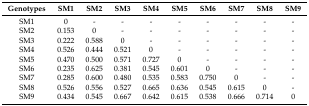
| Genotypes | SM1 | SM2 | SM3 | SM4 | SM5 | SM6 | SM7 | SM8 | SM9 |
 | --- | --- | --- | --- | --- | --- | --- | --- | --- | --- |
 | SM1 | 0 | - | - | - | - | - | - | - | - |
 | SM2 | 0.153 | 0 | - | - | - | - | - | - | - |
 | SM3 | 0.222 | 0.588 | 0 | - | - | - | - | - | - |
 | SM4 | 0.526 | 0.444 | 0.521 | 0 | - | - | - | - | - |
 | SM5 | 0.470 | 0.500 | 0.571 | 0.727 | 0 | - | - | - | - |
 | SM6 | 0.235 | 0.625 | 0.381 | 0.545 | 0.601 | 0 | - | - | - |
 | SM7 | 0.285 | 0.600 | 0.480 | 0.535 | 0.583 | 0.750 | 0 | - | - |
 | SM8 | 0.526 | 0.556 | 0.527 | 0.665 | 0.636 | 0.545 | 0.615 | 0 | - |
 | SM9 | 0.434 | 0.545 | 0.667 | 0.642 | 0.615 | 0.538 | 0.666 | 0.714 | 0 |